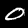
Label: 0